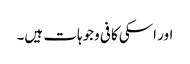
اور اسکی کافی وجوہات ہیں۔